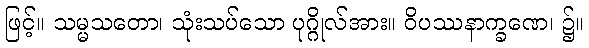
ဖြင့်။ သမ္မသတော၊ သုံးသပ်သော ပုဂ္ဂိုလ်အား။ ဝိပဿနာက္ခဏေ၊ ၌။